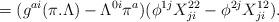
LaTeX: \begin{align*}=(g^{ai}(\pi .\Lambda )-\Lambda ^{0i}\pi ^a)(\phi ^{1j}X^{22}_{ji}-\phi ^{2j}X^{12}_{ji}).\end{align*}